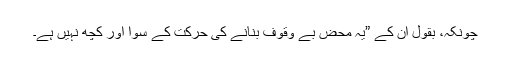
چونکہ، بقول ان کے ”یہ محض بے وقوف بنانے کی حرکت کے سوا اور کچھ نہیں ہے۔